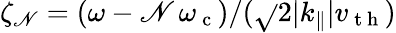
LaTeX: \zeta_{\mathscr{N}}=(\omega-\mathscr{N}\, \omega_{\mathrm{{~c~}}})/(\sqrt{}{{2}}|k_{\parallel}|v_{\mathrm{{~t~h~}}})